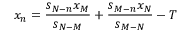
x _ { n } = \frac { s _ { N - n } x _ { M } } { s _ { N - M } } + \frac { s _ { M - n } x _ { N } } { s _ { M - N } } - T